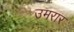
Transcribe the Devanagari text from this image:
उमरार